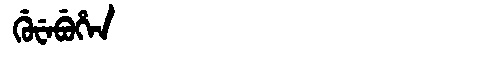
Manchu: ᡤᡠᠸᡝᠪᡠᡥᡝᠨ
Romanization: GUWEBUHEN